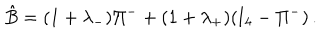
\hat { B } = ( 1 + \lambda _ { - } ) \Pi ^ { - } + ( 1 + \lambda _ { + } ) ( \mathrm { I } _ { 4 } - \Pi ^ { - } ) \, .